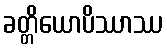
ခတ္တိယောပိဿာဿ